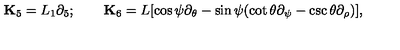
{ \bf K } _ { 5 } = L _ { 1 } \partial _ { 5 } ; \qquad { \bf K } _ { 6 } = L [ \cos \psi \partial _ { \theta } - \sin \psi ( \cot \theta \partial _ { \psi } - \csc \theta \partial _ { \rho } ) ] ,